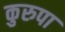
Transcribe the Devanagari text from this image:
कुरुपा